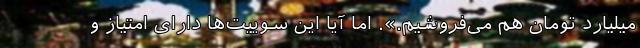
میلیارد تومان هم می‌فروشیم.». اما آیا این سوییت‌ها دارای امتیاز و